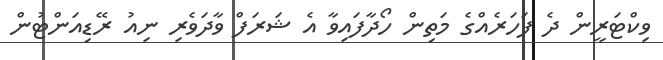
ވިކްޓަރީން ދެ ފަހަރެއްގެ މަތިން ހޯދާފައިވާ އެ ޝަރަފް ވާދަވެރި ނިއު ރޭޑިއަންޓުން